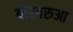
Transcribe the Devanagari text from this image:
बोरबरुआ